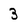
Character: 3